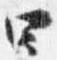
四